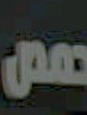
صص